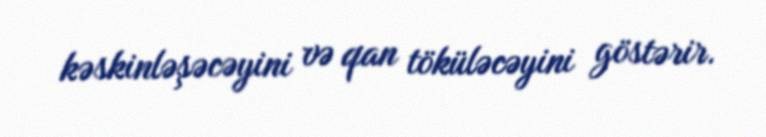
kəskinləşəcəyini və qan töküləcəyini göstərir.